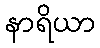
နာရိယာ